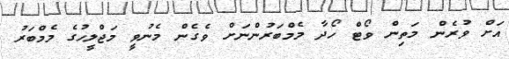
އަށް ވުރެން މަތިން ވޯޓް ހޯދާ މެމްބަރުންނަށް ވެގެން މެނުވީ މަޖްލީހުގެ މެމްބަރު